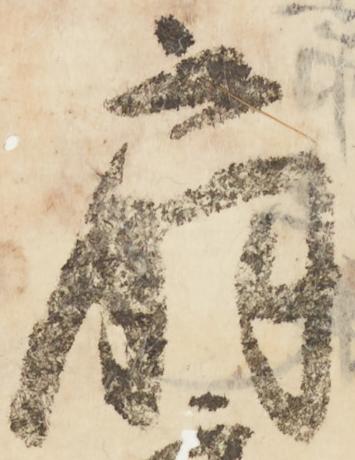
扇